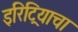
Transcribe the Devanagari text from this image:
इरिट्रियाचा